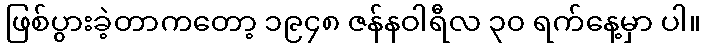
ဖြစ်ပွားခဲ့တာကတော့ ၁၉၄၈ ဇန်နဝါရီလ ၃၀ ရက်နေ့မှာ ပါ။